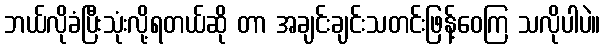
ဘယ်လိုခံပြီးသုံးလို့ရတယ်ဆို တာ အချင်းချင်းသတင်းဖြန့်ဝေကြ သလိုပါပဲ။